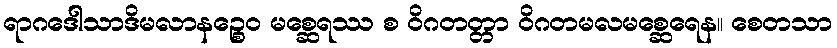
ရာဂဒေါသာဒိမလာနဉ္စေဝ မစ္ဆေရဿ စ ဝိဂတတ္တာ ဝိဂတမလမစ္ဆေရေန။ စေတသာ